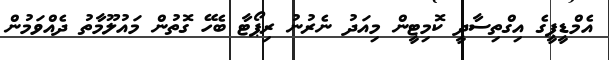
އެމްޑީޕީގެ އިގްތިސާދީ ކޮމިޓީން މިއަދު ނެރުނު ރިޕޯޓާ ބެހޭ ގޮތުން މައުލޫމާތު ދެއްވަމުން